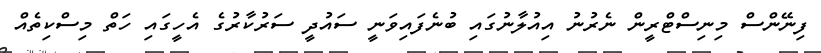
ފިނޭންސް މިނިސްޓްރީން ނެރުނު އިއުލާނުގައި ބުނެފައިވަނީ ސައުދީ ސަރުކާރުގެ އެހީގައި ހަތް މިސްކިތެއް